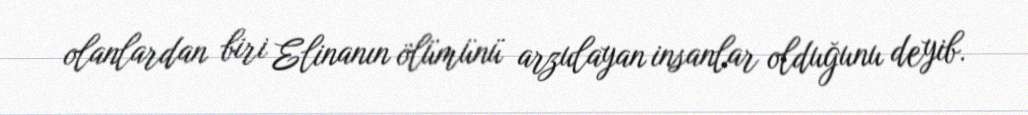
olanlardan biri Elinanın ölümünü arzulayan insanlar olduğunu deyib.